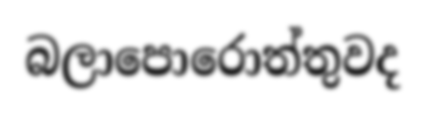
බලාපොරොත්තුවද